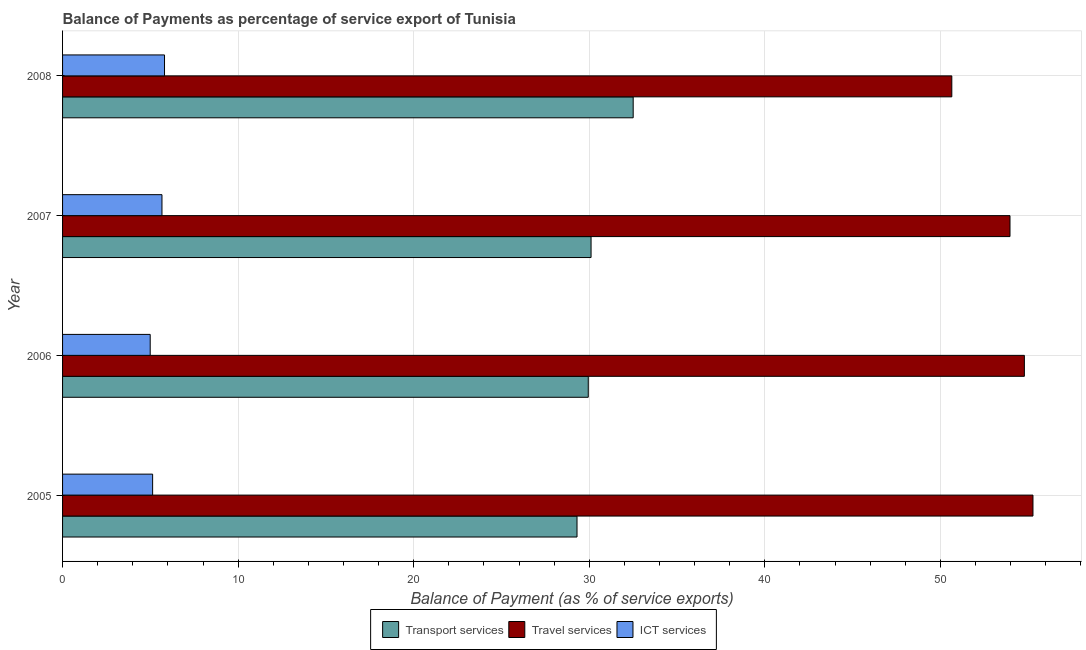
| Year | Transport services | Travel services | ICT services |
 | --- | --- | --- | --- |
 | 2005 | 29.3 | 55.3 | 5.13 |
 | 2006 | 29.9 | 54.8 | 4.99 |
 | 2007 | 30.1 | 54 | 5.66 |
 | 2008 | 32.5 | 50.6 | 5.81 |